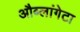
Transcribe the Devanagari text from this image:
औब्लांगेटा